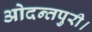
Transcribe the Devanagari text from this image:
ओदन्तपुरी।